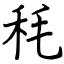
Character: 秏